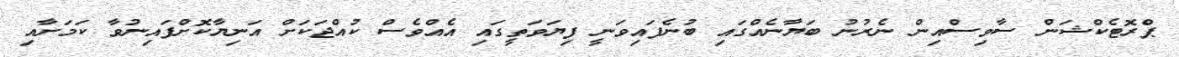
ޕްރޮޓެކްޝަން ސާވިސްއިން ނެރުނު ބަޔާނެއްގައި ބުނެފައިވަނީ ފިޔަވަތީގައި އެއްވެސް ކުއްޖަކަށް އަނިޔާކޮށްފައިނުވާ ކަމަށާއި